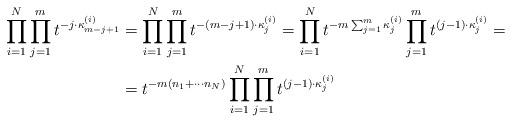
LaTeX: \begin{align*}\prod_{i=1}^N\prod_{j=1}^mt^{-j\cdot \kappa^{(i)}_{m-j+1}}&=\prod_{i=1}^N\prod_{j=1}^{m} t^{-(m-j+1)\cdot \kappa_{j}^{(i)}}=\prod_{i=1}^Nt^{-m\sum_{j=1}^m\kappa_{j}^{(i)}}\prod_{j=1}^{m} t^{(j-1)\cdot \kappa_{j}^{(i)}}=\\&=t^{-m(n_1+\cdots n_N)}\prod_{i=1}^N\prod_{j=1}^{m} t^{(j-1)\cdot \kappa_{j}^{(i)}}\end{align*}